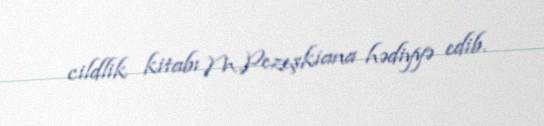
cildlik kitabı M.Pezeşkiana hədiyyə edib.